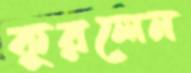
কুরলেন